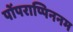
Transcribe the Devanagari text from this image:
पोंपराप्पिननम